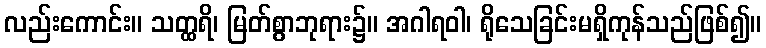
လည်းကောင်း။ သတ္ထရိ၊ မြတ်စွာဘုရား၌။ အဂါရဝါ၊ ရိုသေခြင်းမရှိကုန်သည်ဖြစ်၍။